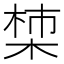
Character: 𪲳